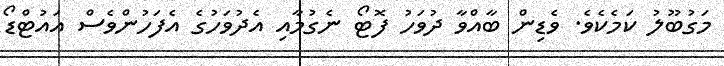
މަގުބޫލު ކަމެކެވެ. ވެޑިން ބާއްވާ ދުވަހު ފޮޓޯ ނެގުމާއި އެދުވަހުގެ އެފަހުންވެސް އައުޓްޑޯ